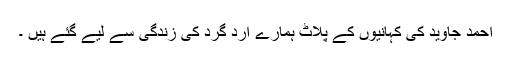
احمد جاوید کی کہانیوں کے پلاٹ ہمارے ارد گرد کی زندگی سے لیے گئے ہیں ۔